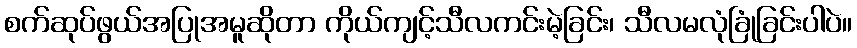
စက်ဆုပ်ဖွယ်အပြုအမူဆိုတာ ကိုယ်ကျင့်သီလကင်းမဲ့ခြင်း၊ သီလမလုံခြုံခြင်းပါပဲ။